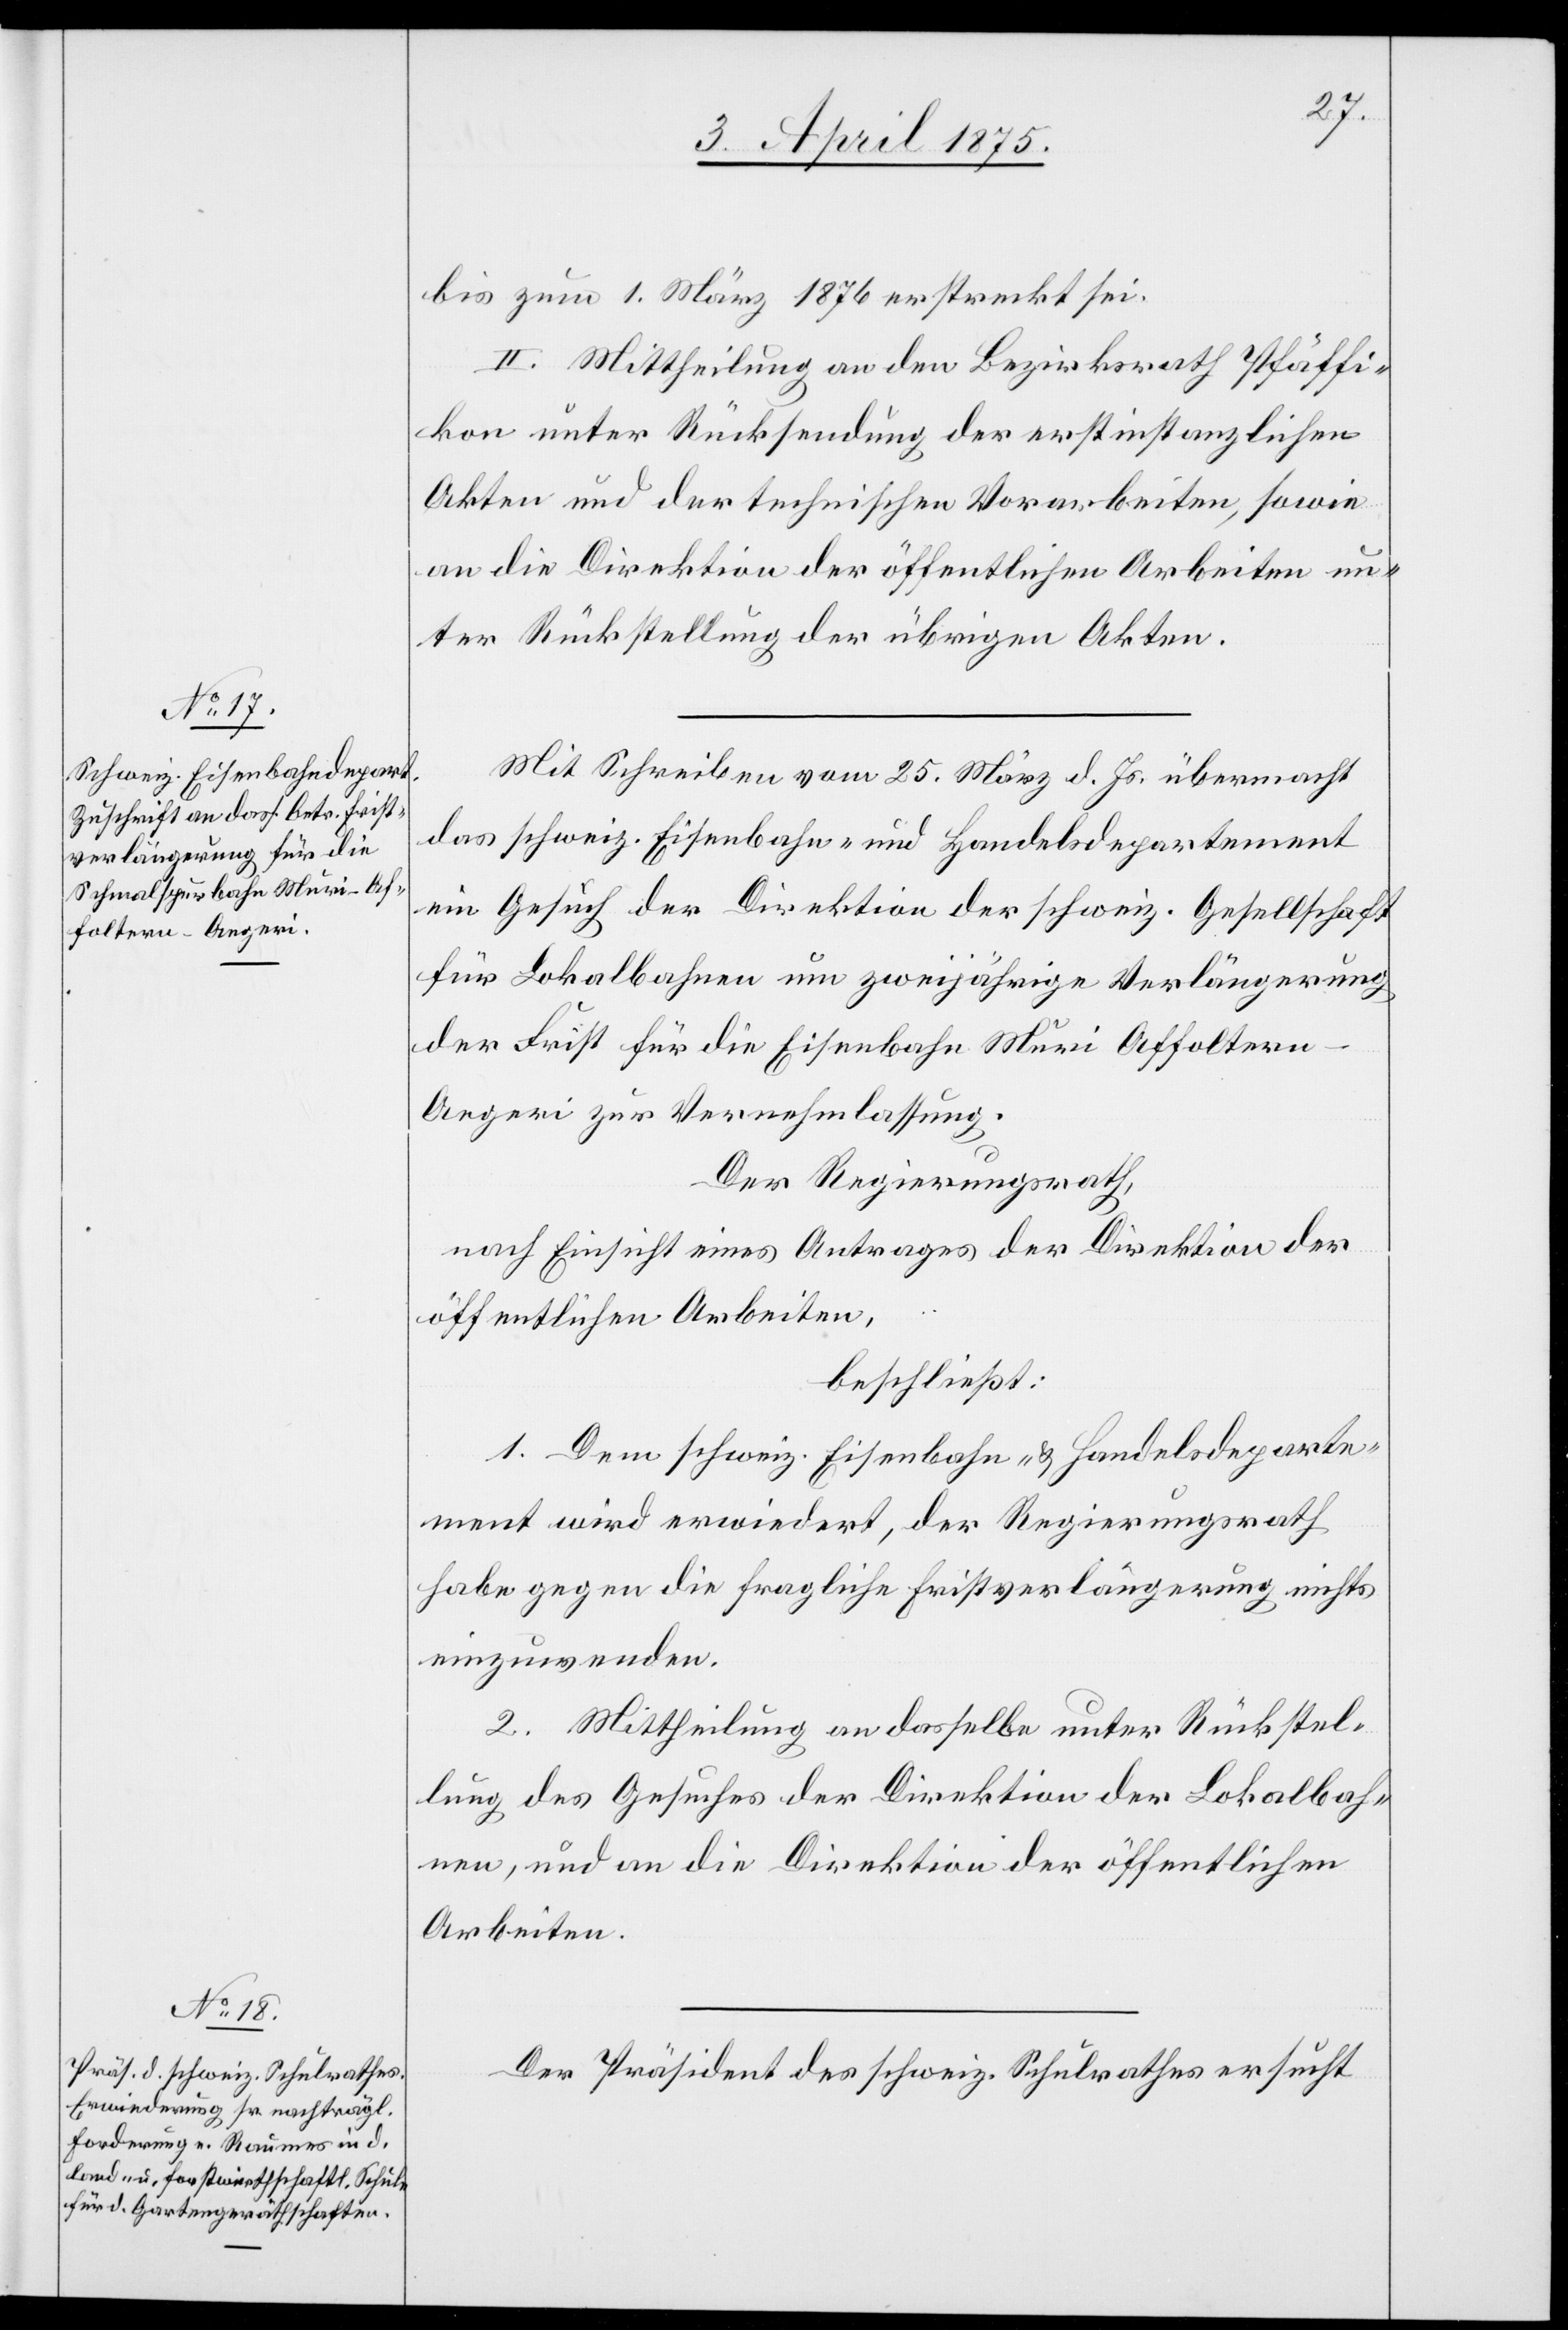
bis zum 1. März 1876 erstreckt sei.
II. Mittheilung an den Bezirksrath Pfäffi¬
kon unter Rücksendung der erstinstanzlichen
Akten und der technischen Vorarbeiten, sowie
an die Direktion der öffentlichen Arbeiten un¬
ter Rückstellung der übrigen Akten.
Mit Schreiben vom 25. März d. Js. übermacht
das schweiz. Eisenbahn- und Handelsdepartement
ein Gesuch der Direktion der schweiz. Gesellschaft
für Lokalbahnen um zweijährige Verlängerung
der Frist für die Eisenbahn Muri[–]Affoltern–A¬
egeri zur Vernehmlassung.
Der Regierungsrath,
nach Einsicht eines Antrages der Direktion der
öffentlichen Arbeiten,
beschließt:
1. Dem schweiz. Eisenbahn- & Handelsdeparte¬
ment wird erwiedert, der Regierungsrath
habe gegen die fragliche Fristverlängerung nichts
einzuwenden.
2. Mittheilung an dasselbe unter Rückstel¬
lung des Gesuches der Direktion der Lokalbah¬
nen, und an die Direktion der öffentlichen
Arbeiten.
Der Präsident der schweiz. Schulrathes ersucht